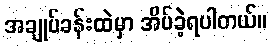
အချုပ်ခန်းထဲမှာ အိပ်ခဲ့ရပါတယ်။